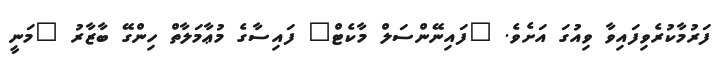
ފަރުމާކުރެވިފައިވާ ވިއުގަ އަށެވެ. "ފައިނޭންސަލް މާކެޓް" ފައިސާގެ މުޢާމަލާތް ހިންގޭ ބާޒާރު "މަނީ